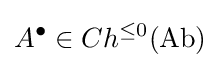
A^{\bullet }\in Ch^{\leq 0}({\text{Ab}})